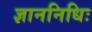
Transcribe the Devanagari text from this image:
ज्ञाननिधिः